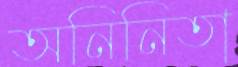
অনিনিতা